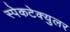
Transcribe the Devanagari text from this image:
स्पेकटेक्युलर